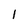
Character: l